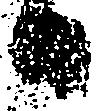
日